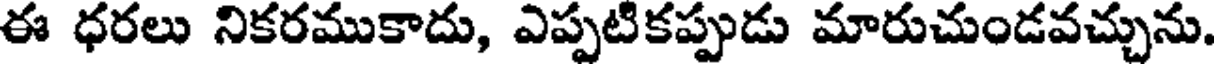
ఈ ధరలు నికరముకాదు, ఎప్పటికప్పుడు మారుచుండవచ్చును.